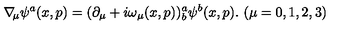
\nabla \! _ { \mu } \psi ^ { a } ( x , p ) = ( \partial _ { \mu } + i \omega _ { \mu } ( x , p ) ) _ { b } ^ { a } \psi ^ { b } ( x , p ) . \ ( \mu = 0 , 1 , 2 , 3 )